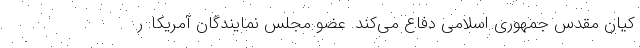
کیان مقدس جمهوری اسلامی دفاع می‌کند. عضو مجلس نمایندگان آمریکا: ر